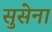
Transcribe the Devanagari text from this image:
सुसेना